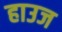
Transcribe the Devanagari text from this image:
हाउज